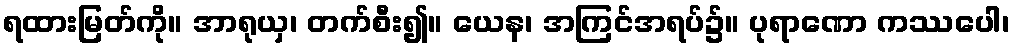
ရထားမြတ်ကို။ အာရုယှ၊ တက်စီး၍။ ယေန၊ အကြင်အရပ်၌။ ပုရာဏော ကဿပေါ၊